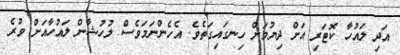
އަދި ލައުހާ ކޮޓަރި އަށް ދިޔުމަށް ހިނގައިގަތެވެ. އެހެންނަމަވެސް ލުހުޝާން ލައުހާއަށް ވުރެ